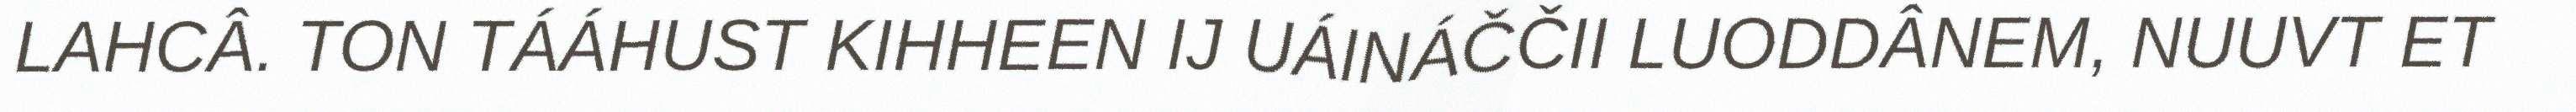
LAHCÂ. TON TÁÁHUST KIHHEEN IJ UÁINÁČČII LUODDÂNEM, NUUVT ET